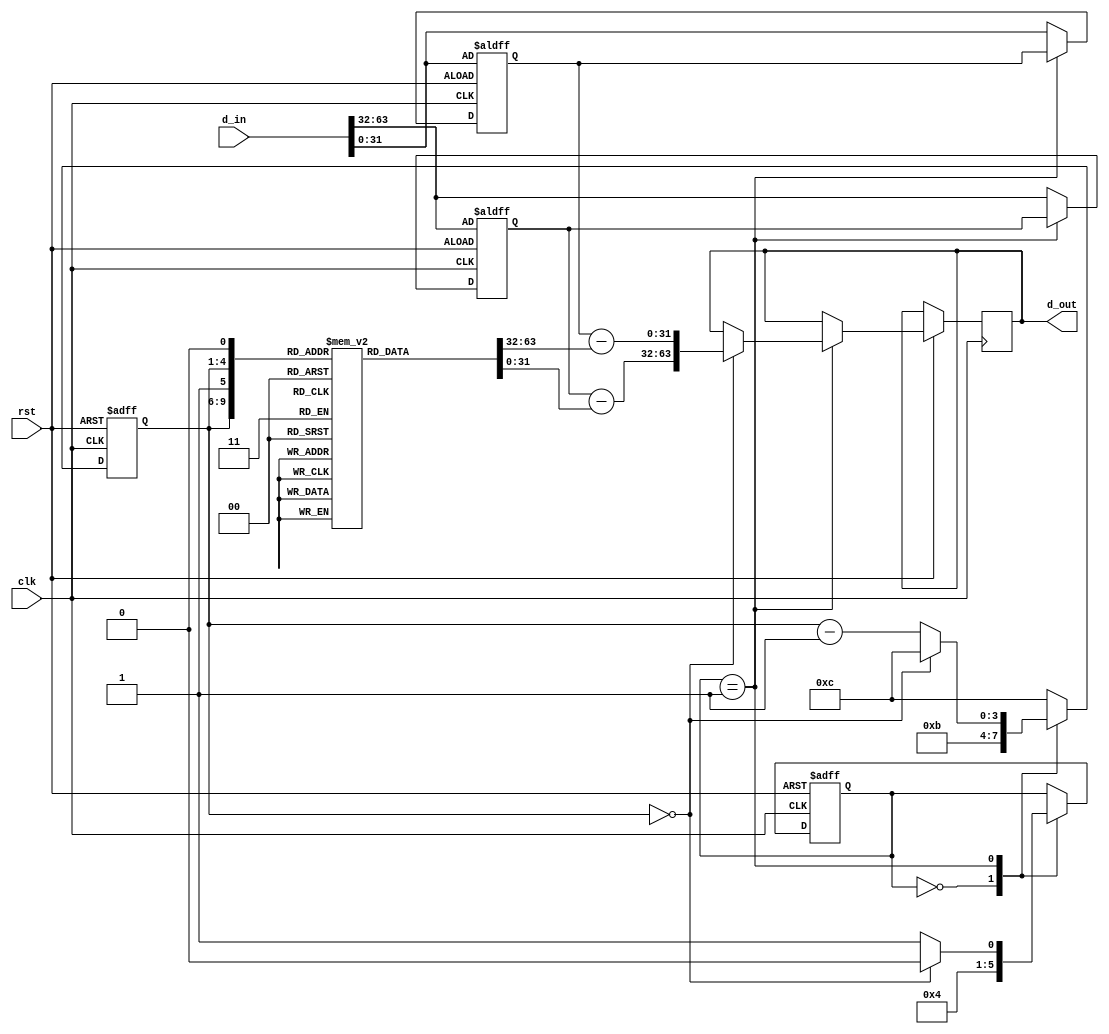
`timescale 1ns / 1ps
`default_nettype none

module decoder_rc5(
    
    input wire clk,
    input wire rst,
    input wire [63:0] d_in,
    output reg [63:0] d_out
    );
    
    reg [3:0] i_cnt;
    wire [31:0] ab_xor;
    wire [31:0] a_rot;
    wire [31:0] a;
    reg [31:0] a_reg;
    
    wire [31:0] ba_xor; 
    wire [31:0] b_rot;
    wire [31:0] b;
    reg [31:0] b_reg;
    
    reg [31:0] rom [2:25];
    
    initial begin
        rom[2] = 32'h46F8E8C5;
        rom[3] = 32'h460C6085;
        rom[4] = 32'h70F83B8A;
        rom[5] = 32'h284B8303;
        rom[6] = 32'h513E1454;
        rom[7] = 32'hF621ED22;
        rom[8] = 32'h3125065D;
        rom[9] = 32'h11A83A5D;
        rom[10] = 32'hD427686B;
        rom[11] = 32'h713AD82D;
        rom[12] = 32'h4B792F99;
        rom[13] = 32'h2799A4DD;
        rom[14] = 32'hA7901C49;
        rom[15] = 32'hDEDE871A;
        rom[16] = 32'h36C03196;
        rom[17] = 32'hA7EFC249;
        rom[18] = 32'h61A78BB8;
        rom[19] = 32'h3B0A1D2B;
        rom[20] = 32'h4DBFCA76;
        rom[21] = 32'hAE162167;
        rom[22] = 32'h30D76B0A;
        rom[23] = 32'h43192304;
        rom[24] = 32'hF6CC1431;
        rom[25] = 32'h65046380;
    end 
    reg [2:0] s=3'b000;
    
    assign b = b_reg - rom[{i_cnt,1'b1}];
    
    assign b_rot =(a_reg[4:0] == 5'b00001) ? {b[0], b[31:1]}:
                  (a_reg[4:0] == 5'b00010) ? {b[1:0], b[31:2]}:
                  (a_reg[4:0] == 5'b00011) ? {b[2:0], b[31:3]}:
                  (a_reg[4:0] == 5'b00100) ? {b[3:0], b[31:4]}:
                  (a_reg[4:0] == 5'b00101) ? {b[4:0], b[31:5]}:
                  (a_reg[4:0] == 5'b00110) ? {b[5:0], b[31:6]}:
                  (a_reg[4:0] == 5'b00111) ? {b[6:0], b[31:7]}:
                  (a_reg[4:0] == 5'b01000) ? {b[7:0], b[31:8]}:
                  (a_reg[4:0] == 5'b01001) ? {b[8:0], b[31:9]}:
                  (a_reg[4:0] == 5'b01010) ? {b[9:0], b[31:10]}:
                  (a_reg[4:0] == 5'b01011) ? {b[10:0], b[31:11]}:
                  (a_reg[4:0] == 5'b01100) ? {b[11:0], b[31:12]}:
                  (a_reg[4:0] == 5'b01101) ? {b[12:0], b[31:13]}:
                  (a_reg[4:0] == 5'b01110) ? {b[13:0], b[31:14]}:
                  (a_reg[4:0] == 5'b01111) ? {b[14:0], b[31:15]}:
                  (a_reg[4:0] == 5'b10000) ? {b[15:0], b[31:16]}:
                  (a_reg[4:0] == 5'b10001) ? {b[16:0], b[31:17]}:
                  (a_reg[4:0] == 5'b10010) ? {b[17:0], b[31:18]}:
                  (a_reg[4:0] == 5'b10011) ? {b[18:0], b[31:19]}:
                  (a_reg[4:0] == 5'b10100) ? {b[19:0], b[31:20]}:
                  (a_reg[4:0] == 5'b10101) ? {b[20:0], b[31:21]}:
                  (a_reg[4:0] == 5'b10110) ? {b[21:0], b[31:22]}:
                  (a_reg[4:0] == 5'b10111) ? {b[22:0], b[31:23]}:
                  (a_reg[4:0] == 5'b11000) ? {b[23:0], b[31:24]}:
                  (a_reg[4:0] == 5'b11001) ? {b[24:0], b[31:25]}:
                  (a_reg[4:0] == 5'b11010) ? {b[25:0], b[31:26]}:
                  (a_reg[4:0] == 5'b11011) ? {b[26:0], b[31:27]}:
                  (a_reg[4:0] == 5'b11100) ? {b[27:0], b[31:28]}:
                  (a_reg[4:0] == 5'b11101) ? {b[28:0], b[31:29]}:
                  (a_reg[4:0] == 5'b11110) ? {b[29:0], b[31:30]}:
                  (a_reg[4:0] == 5'b11111) ? {b[30:0], b[31]}: 
                  b;
                  
    assign ba_xor = b_rot ^ a_reg;
    
    assign a = a_reg - rom[{i_cnt, 1'b0}];
    
    assign a_rot = (ba_xor[4:0] == 5'b00001)? {a[0], a[31:1]}:
                   (ba_xor[4:0] == 5'b00010)? {a[1:0], a[31:2]}:
                   (ba_xor[4:0] == 5'b00011)? {a[2:0], a[31:3]}:
                   (ba_xor[4:0] == 5'b00100)? {a[3:0], a[31:4]}:
                   (ba_xor[4:0] == 5'b00101)? {a[4:0], a[31:5]}:
                   (ba_xor[4:0] == 5'b00110)? {a[5:0], a[31:6]}:
                   (ba_xor[4:0] == 5'b00111)? {a[6:0], a[31:7]}:
                   (ba_xor[4:0] == 5'b01000)? {a[7:0], a[31:8]}:
                   (ba_xor[4:0] == 5'b01001)? {a[8:0], a[31:9]}:
                   (ba_xor[4:0] == 5'b01010)? {a[9:0], a[31:10]}:
                   (ba_xor[4:0] == 5'b01011)? {a[10:0], a[31:11]}:
                   (ba_xor[4:0] == 5'b01100)? {a[11:0], a[31:12]}:
                   (ba_xor[4:0] == 5'b01101)? {a[12:0], a[31:13]}:
                   (ba_xor[4:0] == 5'b01110)? {a[13:0], a[31:14]}:
                   (ba_xor[4:0] == 5'b01111)? {a[14:0], a[31:15]}:
                   (ba_xor[4:0] == 5'b10000)? {a[15:0], a[31:16]}:
                   (ba_xor[4:0] == 5'b10001)? {a[16:0], a[31:17]}:
                   (ba_xor[4:0] == 5'b10010)? {a[17:0], a[31:18]}:
                   (ba_xor[4:0] == 5'b10011)? {a[18:0], a[31:19]}:
                   (ba_xor[4:0] == 5'b10100)? {a[19:0], a[31:20]}:
                   (ba_xor[4:0] == 5'b10101)? {a[20:0], a[31:21]}:
                   (ba_xor[4:0] == 5'b10110)? {a[21:0], a[31:22]}:
                   (ba_xor[4:0] == 5'b10111)? {a[22:0], a[31:23]}:
                   (ba_xor[4:0] == 5'b11000)? {a[23:0], a[31:24]}:
                   (ba_xor[4:0] == 5'b11001)? {a[24:0], a[31:25]}:
                   (ba_xor[4:0] == 5'b11010)? {a[25:0], a[31:26]}:
                   (ba_xor[4:0] == 5'b11011)? {a[26:0], a[31:27]}:
                   (ba_xor[4:0] == 5'b11100)? {a[27:0], a[31:28]}:
                   (ba_xor[4:0] == 5'b11101)? {a[28:0], a[31:29]}:
                   (ba_xor[4:0] == 5'b11110)? {a[29:0], a[31:30]}:
                   (ba_xor[4:0] == 5'b11111)? {a[30:0], a[31]}: 
                   a;
    
    assign ab_xor = a_rot ^ ba_xor;
    
    
      
			always @(negedge rst or posedge clk)
			
			
			begin
			if(rst==0)
			begin
			a_reg <= d_in[63:32];
			b_reg <= d_in[31:0];
			i_cnt <= 4'b1100;
			s<=3'b000;
			end
			else
			case(s)
			0 : begin
			a_reg <= d_in[63:32];
			b_reg <= d_in[31:0];
			i_cnt <= 4'b1011;
			s<=3'b001;
			end
			1: begin 
			if(i_cnt==4'b0000)
			begin
			i_cnt=4'b1100;
			d_out<= {a, b};
			s<=3'b011;
			s<=3'b000;
			end
			
			else
			begin
			i_cnt<=i_cnt-4'b1;
			s<=3'b001;
			end
			end
			default : begin
				a_reg <= d_in[63:32];
			b_reg <= d_in[31:0];
			i_cnt <= 4'b1100;
			end
			endcase
			end
			
			endmodule